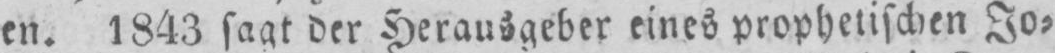
en. 1843 sagt der Herausgeber eines prophetischen Jo⸗